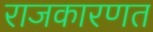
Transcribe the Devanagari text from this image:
राजकारणत